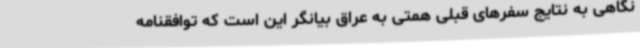
نگاهی به نتایج سفرهای قبلی همتی به عراق بیانگر این است که توافقنامه